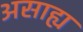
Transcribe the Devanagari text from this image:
असाह्य